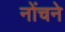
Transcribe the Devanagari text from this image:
नोंचने